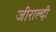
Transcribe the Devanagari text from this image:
जीराल्दी